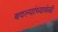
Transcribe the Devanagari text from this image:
बदल्यांच्यावेळी